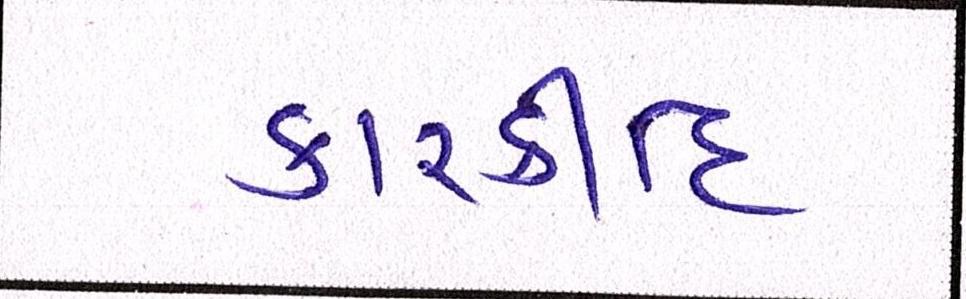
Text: કારકીર્દિ